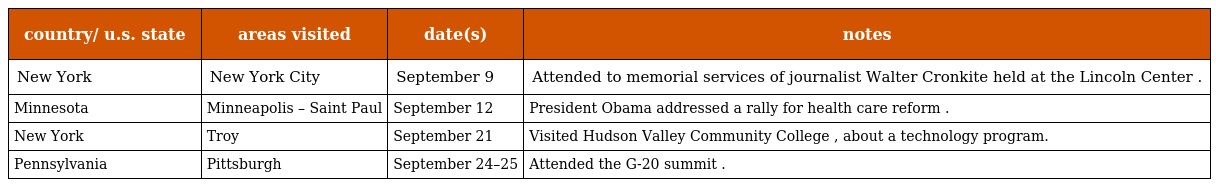
| country/ u.s. state | areas visited | date(s) | notes |
 | --- | --- | --- | --- |
 | New York | New York City | September 9 | Attended to memorial services of journalist Walter Cronkite held at the Lincoln Center . |
 | Minnesota | Minneapolis – Saint Paul | September 12 | President Obama addressed a rally for health care reform . |
 | New York | Troy | September 21 | Visited Hudson Valley Community College , about a technology program. |
 | Pennsylvania | Pittsburgh | September 24–25 | Attended the G-20 summit . |